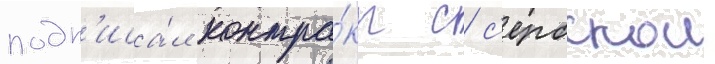
подп'иса́л контра́кт с с'ербскои